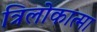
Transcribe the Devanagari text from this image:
त्रिलोकात्मा